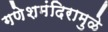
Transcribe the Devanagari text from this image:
गणेशमंदिरामुळे